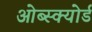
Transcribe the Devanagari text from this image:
ओब्स्क्योर्ड